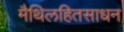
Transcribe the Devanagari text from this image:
मैथिलहितसाधन